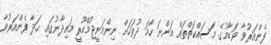
ފެންއަރުވާ ވަޑާމުގެ މަސައްކަތްތައް އަންނަ ހޯމަ ދުވަހަށް ނިންމަނީޖުމްހޫރީ މައިދާނުގައި ހަދާ ފެންއަރުވާ